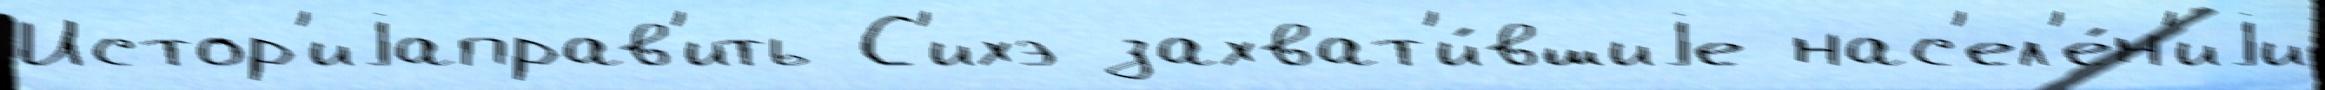
Истор'иjаправ'ить С'ихэ захват'и́вшиjе нас'ел'е́н'иjи